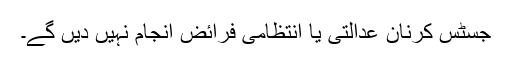
جسٹس کرنان عدالتی یا انتظامی فرائض انجام نہیں دیں گے۔